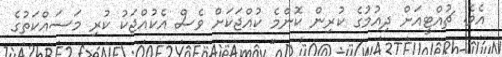
އެވެ. ޗުއްޓީއަށް ދިއުމުގެ ކުރިން ކޮންމެ ކުއްޖަކަށް ވެސް އެކުއްޖަކު ކުރި މަސައްކަތުގެ